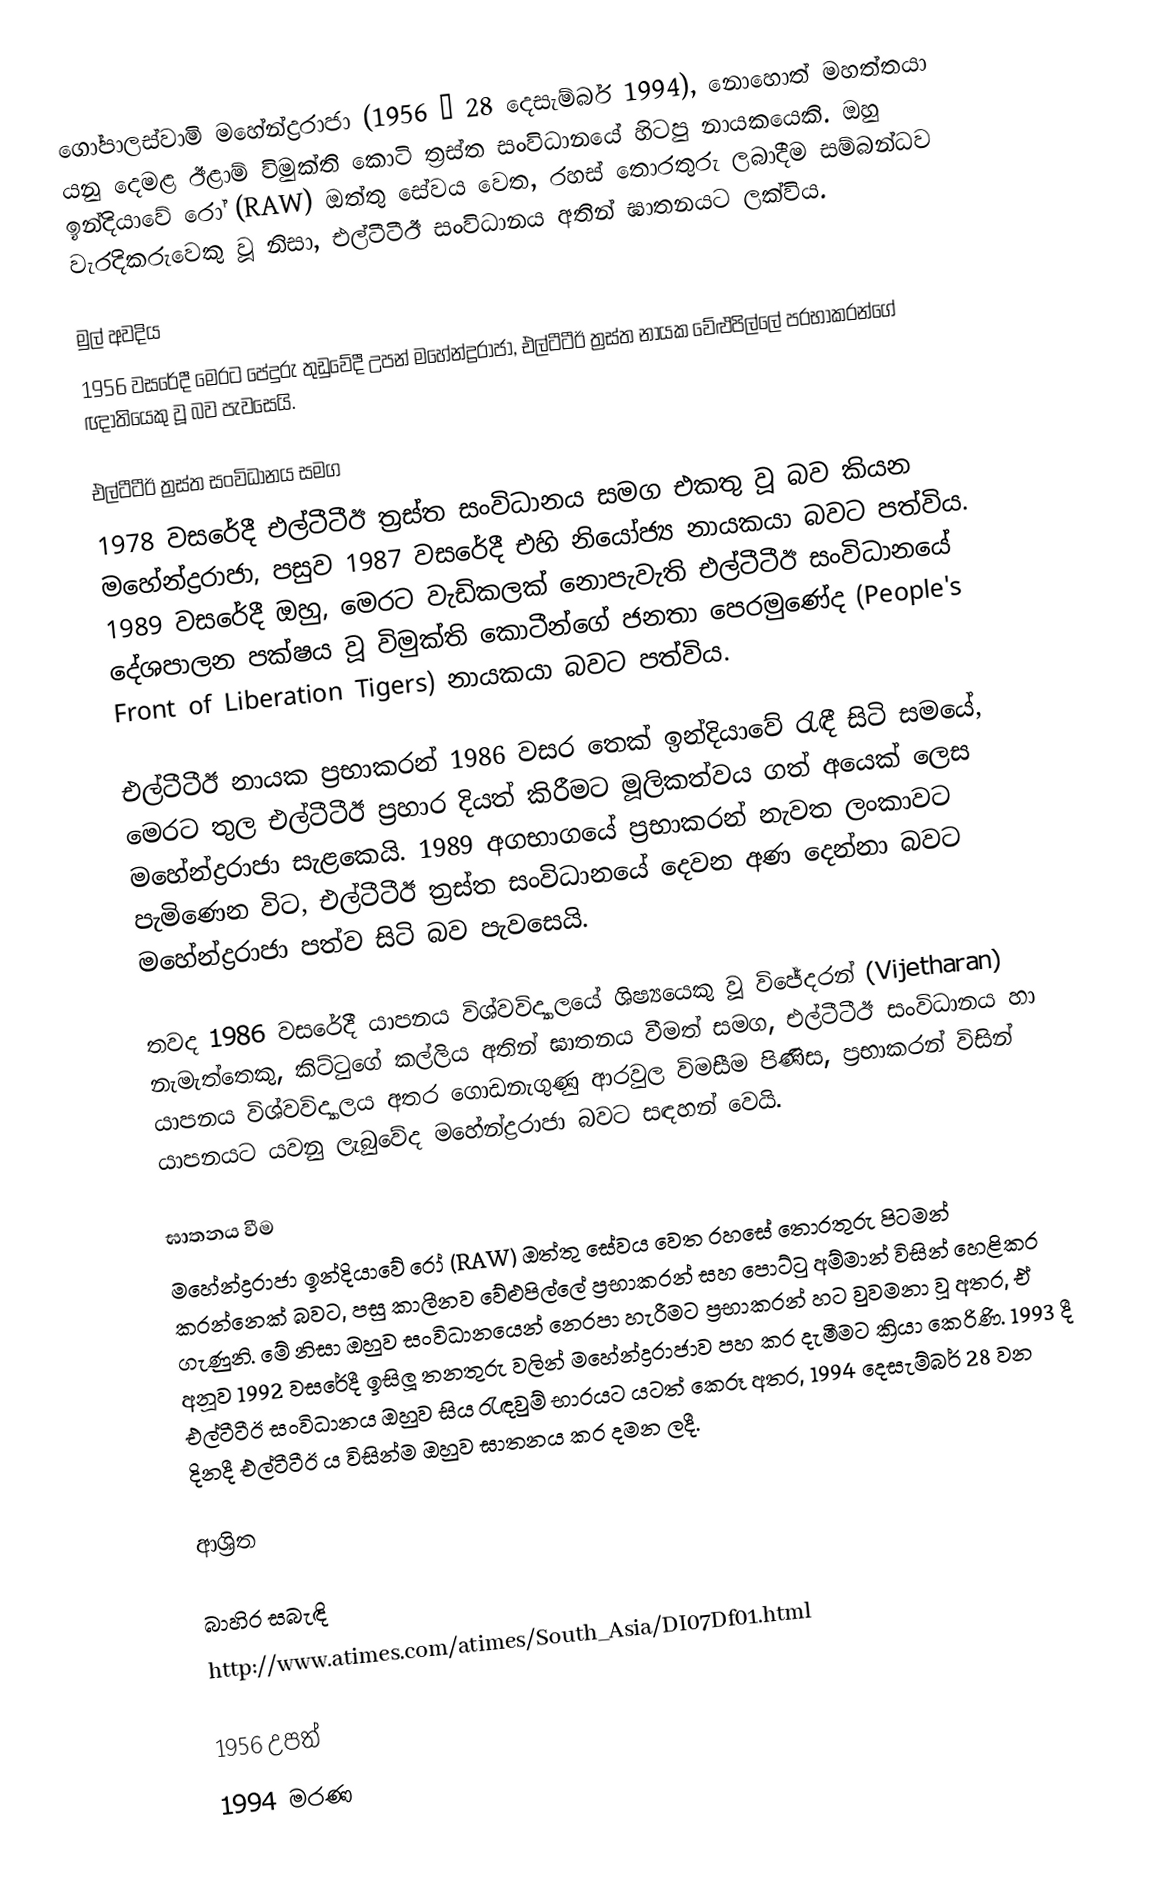
ගෝපාලස්වාමි මහේන්ද්‍රරාජා (1956 – 28 දෙසැම්බර් 1994), නොහොත් මහත්තයා යනු දෙමළ ඊළාම් විමුක්ති කොටි ත්‍රස්ත සංවිධානයේ හිටපු නායකයෙකි. ඔහු ඉන්දියාවේ රෝ (RAW) ඔත්තු සේවය වෙත, රහස් තොරතුරු ලබාදීම සම්බන්ධව වැරදිකරුවෙකු වූ නිසා, එල්ටීටීඊ සංවිධානය අතින් ඝාතනයට ලක්විය.

මුල් අවදිය
1956 වසරේදී මෙරට පේදුරු තුඩුවේදී උපන් මහේන්ද්‍රරාජා, එල්ටීටීඊ ත්‍රස්ත නායක වේළුපිල්ලේ ප‍්‍රභාකරන්ගේ ඥාතියෙකු වූ බව පැවසෙයි.

එල්ටීටීඊ ත්‍රස්ත සංවිධානය සමග
1978 වසරේදී එල්ටීටීඊ ත්‍රස්ත සංවිධානය සමග එකතු වූ බව කියන මහේන්ද්‍රරාජා, පසුව 1987 වසරේදී එහි නියෝජ්‍ය නායකයා බවට පත්විය. 1989 වසරේදී ඔහු, මෙරට වැඩිකලක් නොපැවැති එල්ටීටීඊ සංවිධානයේ දේශපාලන පක්ෂය වූ විමුක්ති කොටීන්ගේ ජනතා පෙරමුණේද (People's Front of Liberation Tigers) නායකයා බවට පත්විය.

එල්ටීටීඊ නායක ප්‍රභාකරන් 1986 වසර තෙක් ඉන්දියාවේ රැඳී සිටි සමයේ, මෙරට තුල එල්ටීටීඊ ප්‍රහාර දියත් කිරීමට මූලිකත්වය ගත් අයෙක් ලෙස මහේන්ද්‍රරාජා සැළකෙයි. 1989 අගභාගයේ ප්‍රභාකරන් නැවත ලංකාවට පැමිණෙන විට, එල්ටීටීඊ ත්‍රස්ත සංවිධානයේ දෙවන අණ දෙන්නා බවට මහේන්ද්‍රරාජා පත්ව සිටි බව පැවසෙයි.

තවද 1986 වසරේදී යාපනය විශ්වවිද්‍යාලයේ ශිෂ්‍යයෙකු වූ විජේදරන් (Vijetharan) නැමැත්තෙකු, කිට්ටුගේ කල්ලිය අතින් ඝාතනය වීමත් සමග, එල්ටීටීඊ සංවිධානය හා යාපනය විශ්වවිද්‍යාලය අතර ගොඩනැගුණු ආරවුල විමසීම පිණිස, ප්‍රභාකරන් විසින් යාපනයට යවනු ලැබුවේද මහේන්ද්‍රරාජා බවට සඳහන් වෙයි.

ඝාතනය වීම
මහේන්ද්‍රරාජා ඉන්දියාවේ රෝ (RAW) ඔත්තු සේවය වෙත රහසේ තොරතුරු පිටමන් කරන්නෙක් බවට, පසු කාලීනව වේළුපිල්ලේ ප්‍රභාකරන් සහ පොට්ටු අම්මාන් විසින් හෙළිකර ගැණුනි. මේ නිසා ඔහුව සංවිධානයෙන් නෙරපා හැරීමට ප්‍රභාකරන් හට වුවමනා වූ අතර, ඒ අනූව 1992 වසරේදී ඉසිලූ තනතුරු වලින් මහේන්ද්‍රරාජාව පහ කර දැමීමට ක්‍රියා කෙරිණි. 1993 දී එල්ටීටීඊ සංවිධානය ඔහුව සිය රැඳවුම් භාරයට යටත් කෙරූ අතර, 1994 දෙසැම්බර් 28 වන දිනදී එල්ටීටීඊ ය විසින්ම ඔහුව ඝාතනය කර දමන ලදී.

ආශ්‍රිත

බාහිර සබැඳි
http://www.atimes.com/atimes/South_Asia/DI07Df01.html

1956 උපත්
1994 මරණ